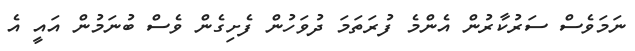
ނަމަވެސް ސަރުކާރުން އެންމެ ފުރަތަމަ ދުވަހުން ފެށިގެން ވެސް ބުނަމުން އައީ އެ